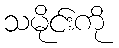
သမိုင်းကို